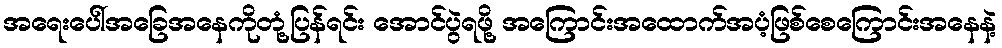
အရေးပေါ်အခြေအနေကိုတုံ့ပြန်ရင်း အောင်ပွဲရဖို့ အကြောင်းအထောက်အပံ့ဖြစ်စေကြောင်းအနေနဲ့